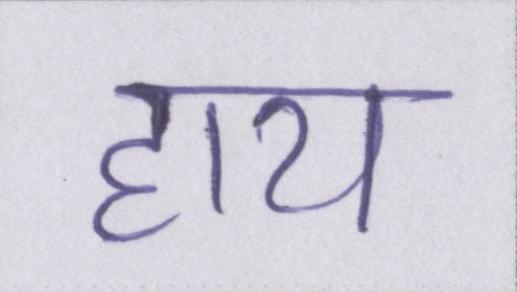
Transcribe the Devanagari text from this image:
हाय